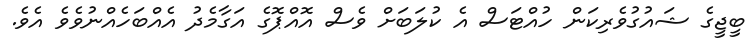
ބީޖީގެ ޝައުގުވެރިކަން ހުއްޓަސް އެ ކުލަބަށް ވެސް އޮއްޕޮގެ އަގާމެދު އެއްބަހެއްނުވެވެ އެވެ.